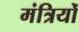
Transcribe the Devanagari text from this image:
मंत्रियोँ